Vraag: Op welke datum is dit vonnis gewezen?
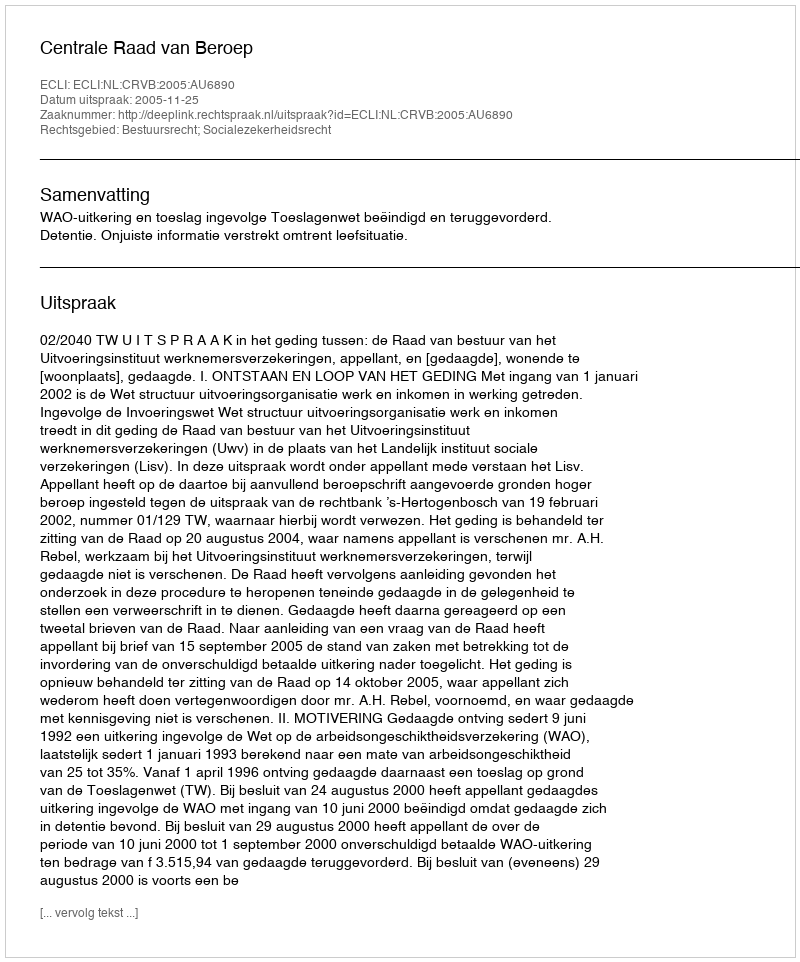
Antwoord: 2005-11-25